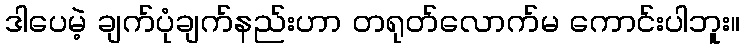
ဒါပေမဲ့ ချက်ပုံချက်နည်းဟာ တရုတ်လောက်မ ကောင်းပါဘူး။